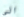
الى